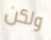
ولكن